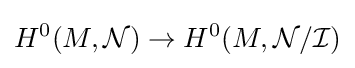
H^{0}(M,{\mathcal {N}})\to H^{0}(M,{\mathcal {N}}/{\mathcal {I}})